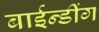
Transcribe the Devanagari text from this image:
बाईन्डींग